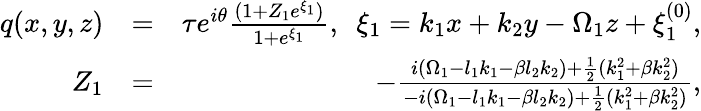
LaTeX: \begin{array}{rlr}{q(x,y,z)}&{=}&{\tau e^{i\theta}\frac{(1+Z_{1}e^{\xi_{1}})}{1+e^{\xi_{1}}},~~\xi_{1}=k_{1}x+k_{2}y-\Omega_{1}z+\xi_{1}^{(0)},}\\ {Z_{1}}&{=}&{-\frac{i(\Omega_{1}-l_{1}k_{1}-\beta l_{2}k_{2})+\frac{1}{2}(k_{1}^{2}+\beta k_{2}^{2})}{-i(\Omega_{1}-l_{1}k_{1}-\beta l_{2}k_{2})+\frac{1}{2}(k_{1}^{2}+\beta k_{2}^{2})},}\end{array}